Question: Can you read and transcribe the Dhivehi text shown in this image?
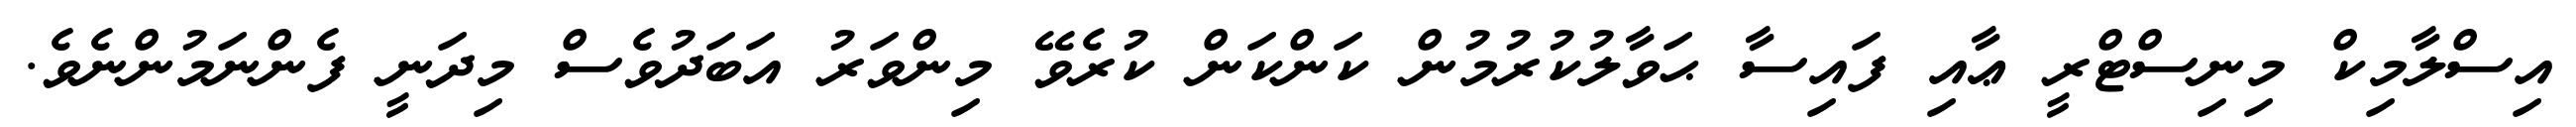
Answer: އިސްލާމިކް މިނިސްޓްރީ ޢާއި ފައިސާ ޙަވާލުކުރުމުން ކަންކަން ކުރެވޭ މިންވަރު އަބަދުވެސް މިދަނީ ފެންނަމުންނެވެ.